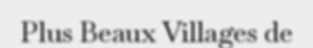
Plus Beaux Villages de